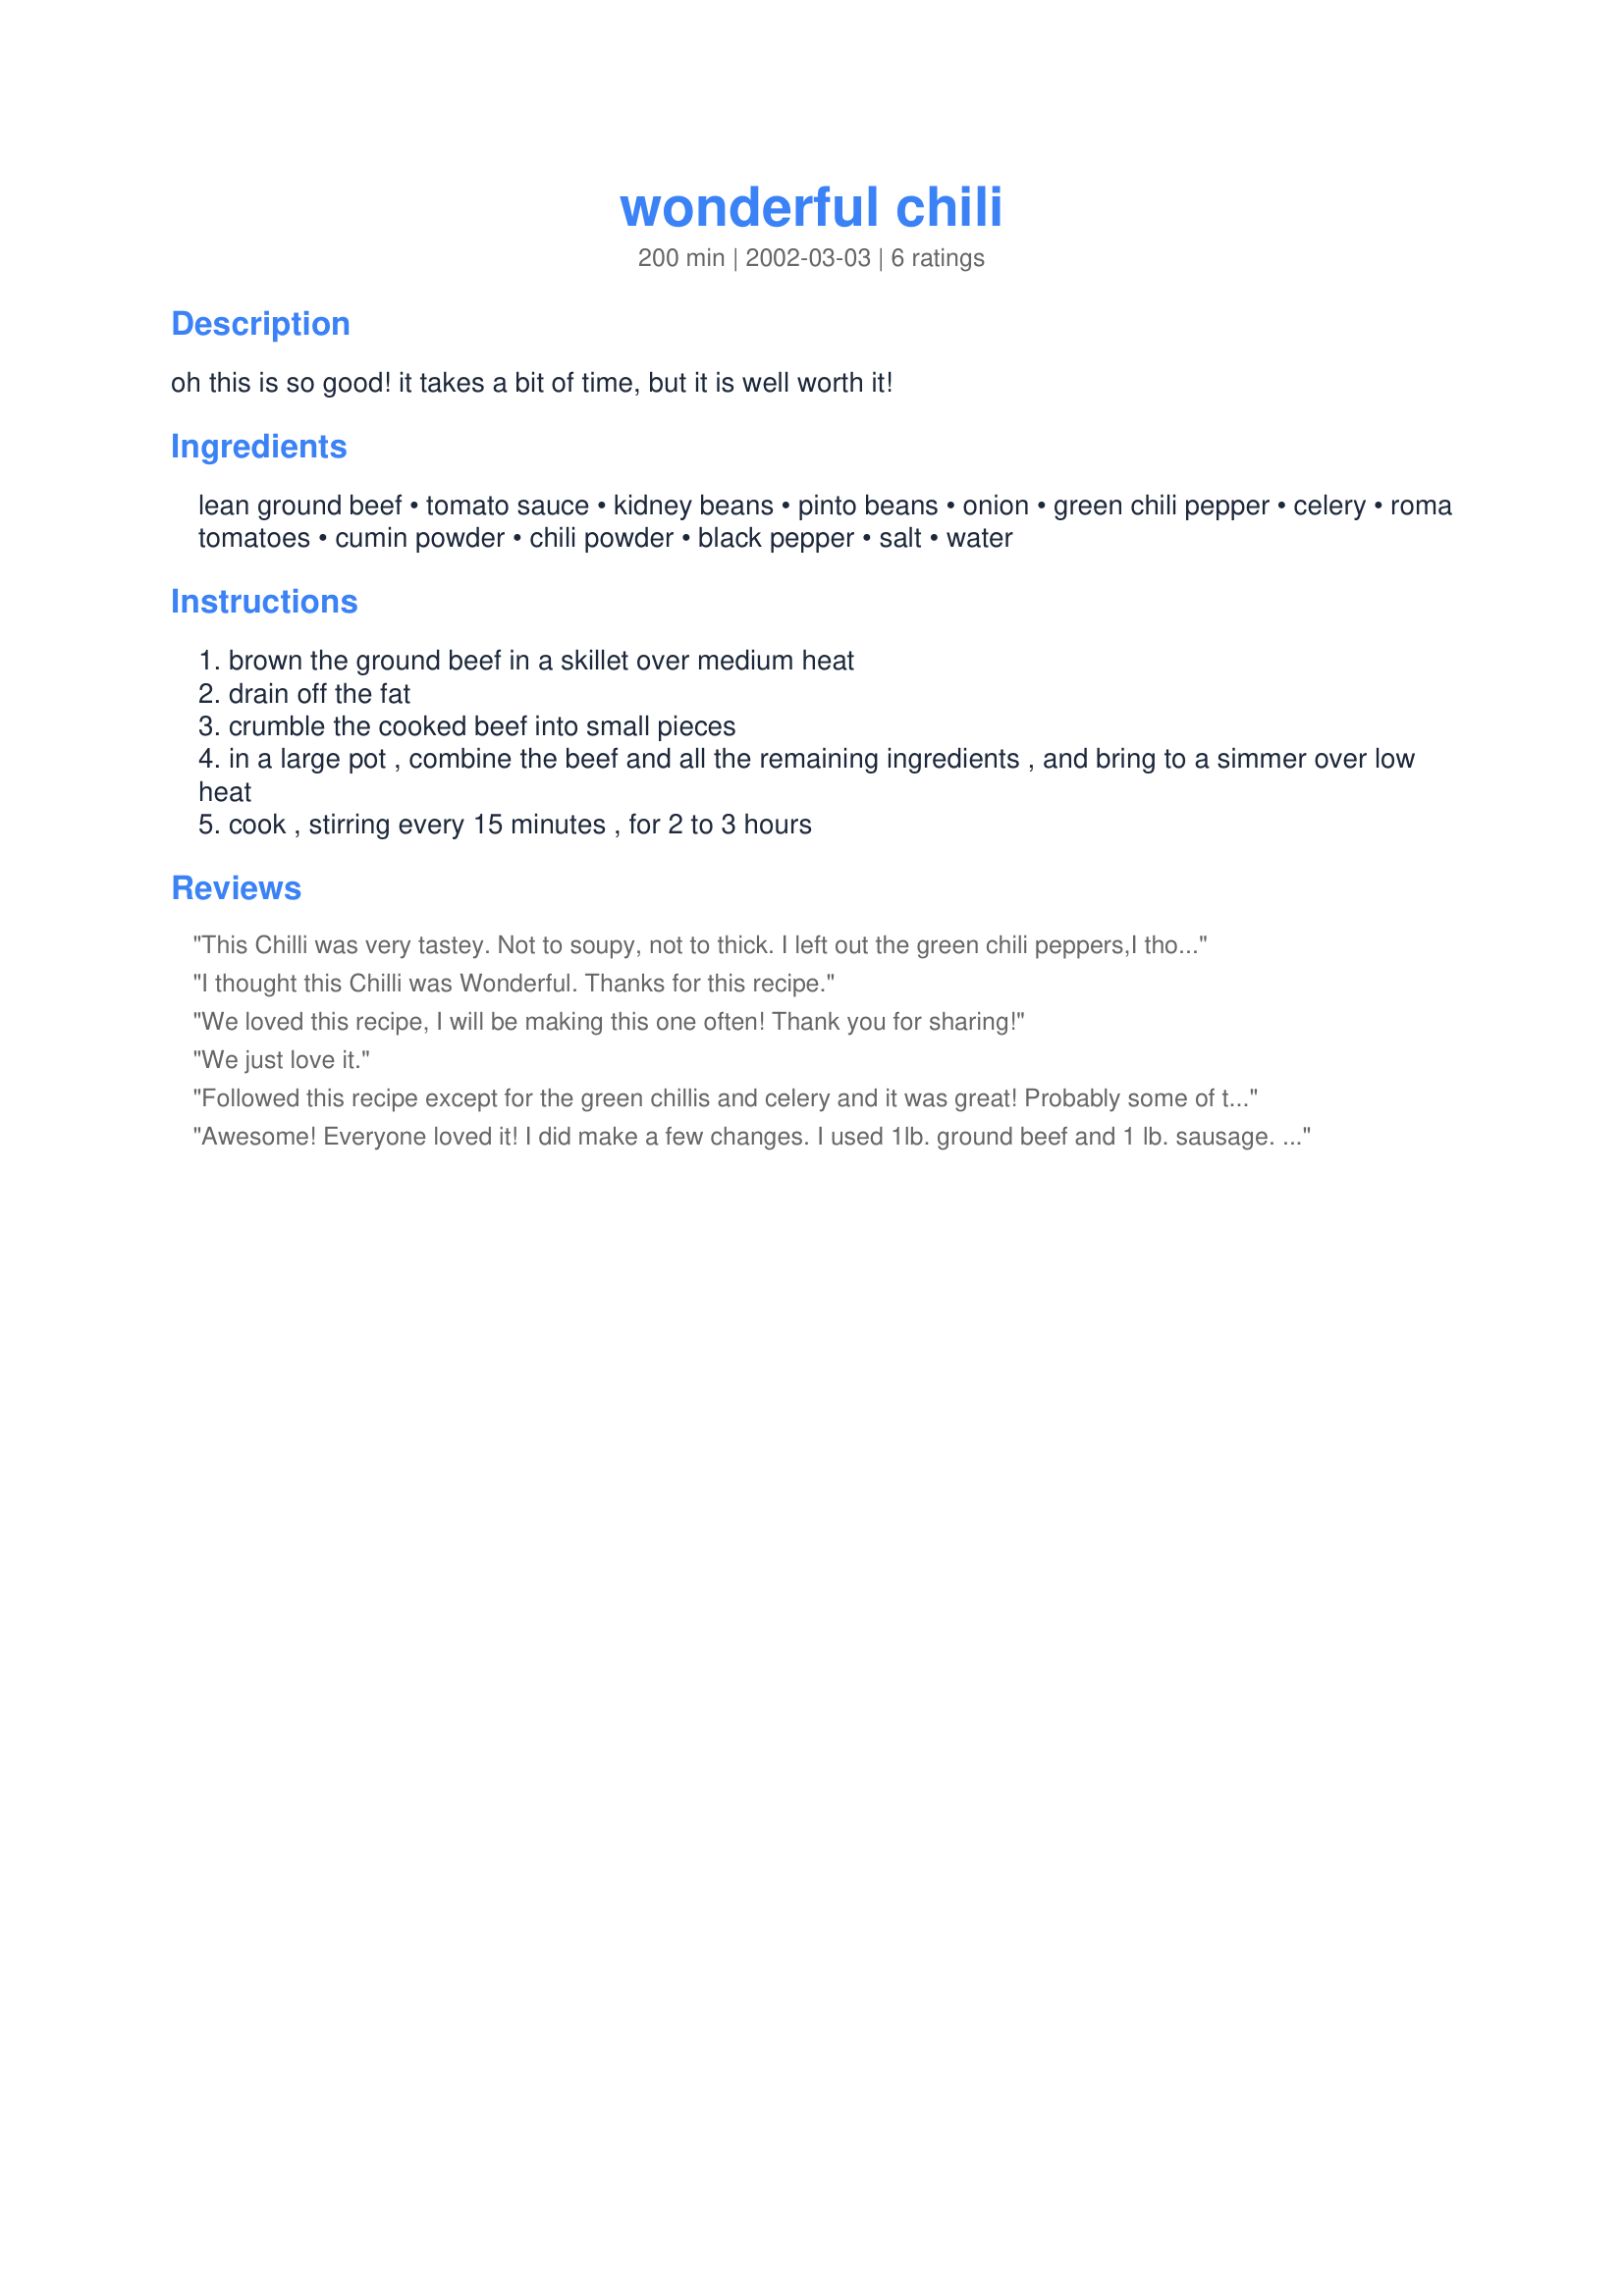
wonderful chili
Preparation time: 200 minutes

oh this is so good! it takes a bit of time, but it is well worth it!

Ingredients:
lean ground beef, tomato sauce, kidney beans, pinto beans, onion, green chili pepper, celery, roma tomatoes, cumin powder, chili powder, black pepper, salt, water

Steps:
brown the ground beef in a skillet over medium heat
drain off the fat
crumble the cooked beef into small pieces
in a large pot , combine the beef and all the remaining ingredients , and bring to a simmer over low heat
cook , stirring every 15 minutes , for 2 to 3 hours

Reviews:
This Chilli was very tastey. Not to soupy, not to thick. I left out the green chili peppers,I thought it would make it HOT. Thanks for a wonderful recipe. We loved it.
I thought this Chilli was Wonderful. Thanks for this recipe.

We loved this recipe, I will be making this one often! Thank you for sharing!
We just love it.
Followed this recipe except for the green chillis and celery and it was great! Probably some of the best chilli I've ever had. Just enough spice to make it lively,not offensive or toungue numbing at all (after all, whats the point of food if its so hot you cant taste it?) added some mexican cornbread to the recipe, mixed it all up, and dug in. It was so good, I actually ate two and a half helpings...Which is saying alot, because I had strep throat at the time! Outstanding!
Awesome! Everyone loved it! I did make a few changes. I used 1lb. ground beef and 1 lb. sausage. I used 1 10oz can Rotel instead of chopped tomatoes. I will be making this over and over. Oh yeh, and I browned the beef and sausage and threw everything in the crockpot.
